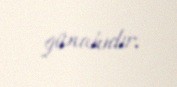
günahıdır.